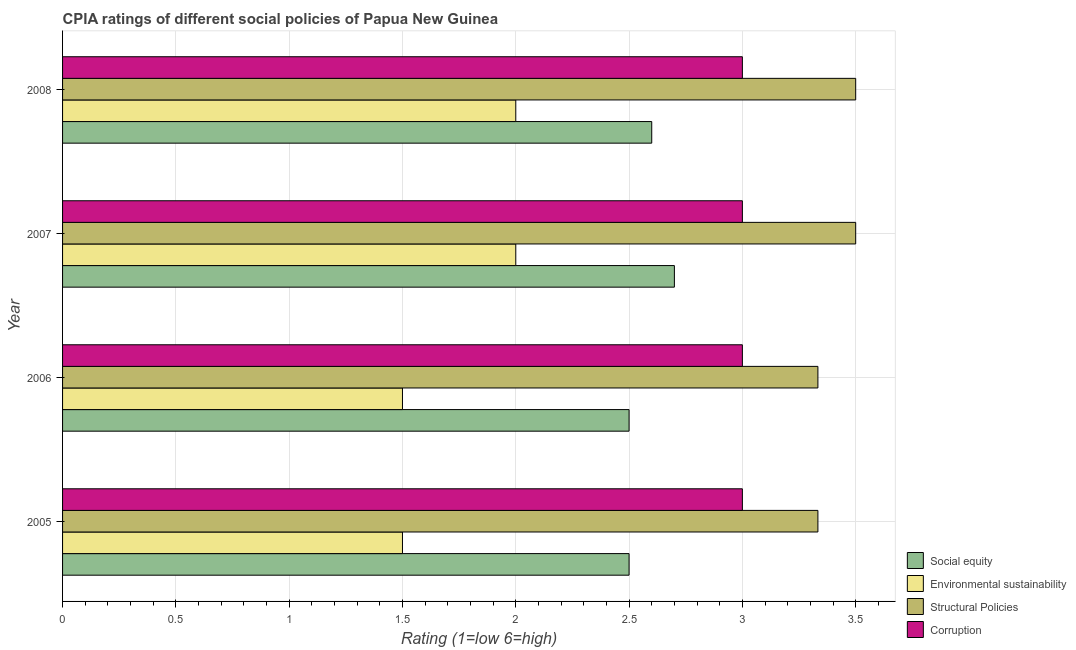
| Year | Social equity | Environmental sustainability | Structural Policies | Corruption |
 | --- | --- | --- | --- | --- |
 | 2005 | 2.5 | 1.5 | 3.33 | 3 |
 | 2006 | 2.5 | 1.5 | 3.33 | 3 |
 | 2007 | 2.7 | 2 | 3.5 | 3 |
 | 2008 | 2.6 | 2 | 3.5 | 3 |